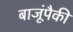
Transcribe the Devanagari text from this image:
बाजूंपैकी